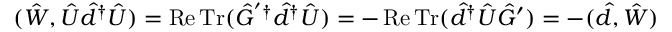
( \hat { W } , \hat { U } \hat { d } ^ { \dag } \hat { U } ) = \operatorname { R e } \operatorname { T r } ( \hat { G } ^ { ' \dag } \hat { d } ^ { \dag } \hat { U } ) = - \operatorname { R e } \operatorname { T r } ( \hat { d } ^ { \dag } \hat { U } \hat { G } ^ { \prime } ) = - ( \hat { d } , \hat { W } )